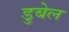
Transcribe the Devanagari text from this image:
डुबेल